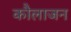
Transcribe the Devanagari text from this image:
कौलाजन